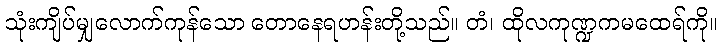
သုံးကျိပ်မျှလောက်ကုန်သော တောနေရဟန်းတို့သည်။ တံ၊ ထိုလကုဏ္ဍကမထေရ်ကို။